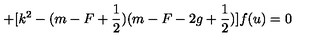
+ [ k ^ { 2 } - ( m - F + \frac 1 2 ) ( m - F - 2 g + \frac 1 2 ) ] f ( u ) = 0